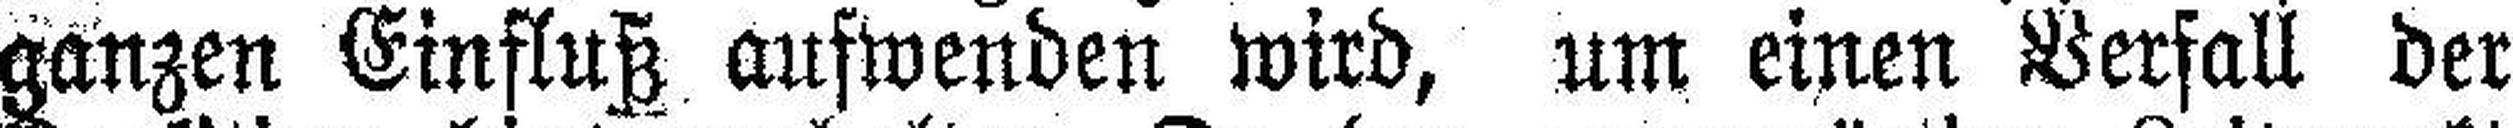
ganzen Einfluß aufwenden wird, um einen Verfall der